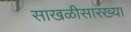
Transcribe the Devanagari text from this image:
साखळीसारख्या